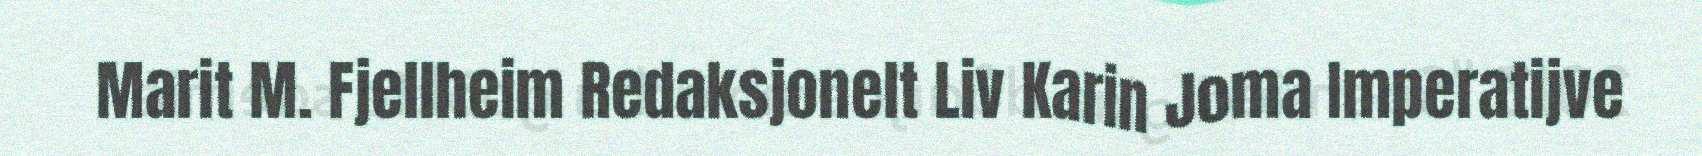
Marit M. Fjellheim Redaksjonelt Liv Karin Joma Imperatijve